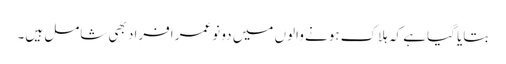
بتایا گیا ہے کہ ہلاک ہونے والوں میں دو نوعمر افراد بھی شامل ہیں۔